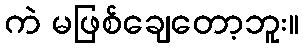
ကဲ မဖြစ်ချေတော့ဘူး။